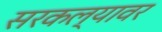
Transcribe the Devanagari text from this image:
सरकल्यावर